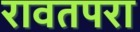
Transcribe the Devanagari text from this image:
रावतपरा